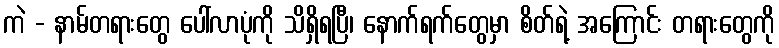
ကဲ - နာမ်တရားတွေ ပေါ်လာပုံကို သိရှိရပြီ၊ နောက်ရက်တွေမှာ စိတ်ရဲ့ အကြောင်း တရားတွေကို